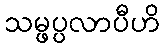
သမ္ဖပ္ပလာပီဟိ